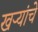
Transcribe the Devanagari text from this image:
खर्‍यांचे